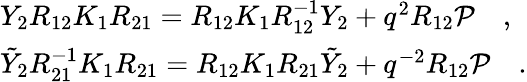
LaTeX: \begin{array}{l}{{Y_{2}R_{12}K_{1}R_{21}=R_{12}K_{1}R_{12}^{-1}Y_{2}+q^{2}R_{12}{\cal P}\quad,}}\\ {{\tilde{Y}_{2}R_{21}^{-1}K_{1}R_{21}=R_{12}K_{1}R_{21}\tilde{Y}_{2}+q^{-2}R_{12}{\cal P}\quad.}}\end{array}